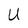
Character: U